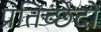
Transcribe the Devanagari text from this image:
प्रतिच्छेदों